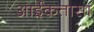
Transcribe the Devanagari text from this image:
आईकतासा